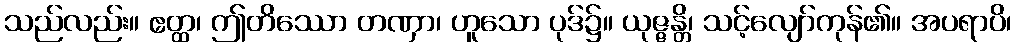
သည်လည်း။ ဧတ္ထ၊ ဤတိဿော တဏှာ၊ ဟူသော ပုဒ်၌။ ယုဇ္ဇန္တိ၊ သင့်လျော်ကုန်၏။ အပရာပိ၊